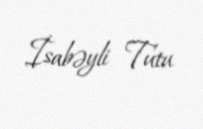
İsabəyli Tutu